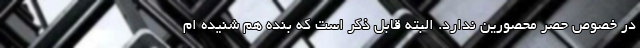
در خصوص حصر محصورین ندارد. البته قابل ذکر است که بنده هم شنیده ام